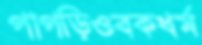
পাপড়িওবকধর্ম